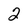
Character: 2